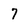
Character: 7